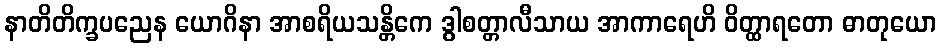
နာတိတိက္ခပညေန ယောဂိနာ အာစရိယသန္တိကေ ဒွါစတ္တာလီသာယ အာကာရေဟိ ဝိတ္ထာရတော ဓာတုယော